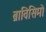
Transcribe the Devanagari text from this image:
ब्राविसिमो